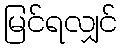
မြင်ရလျှင်